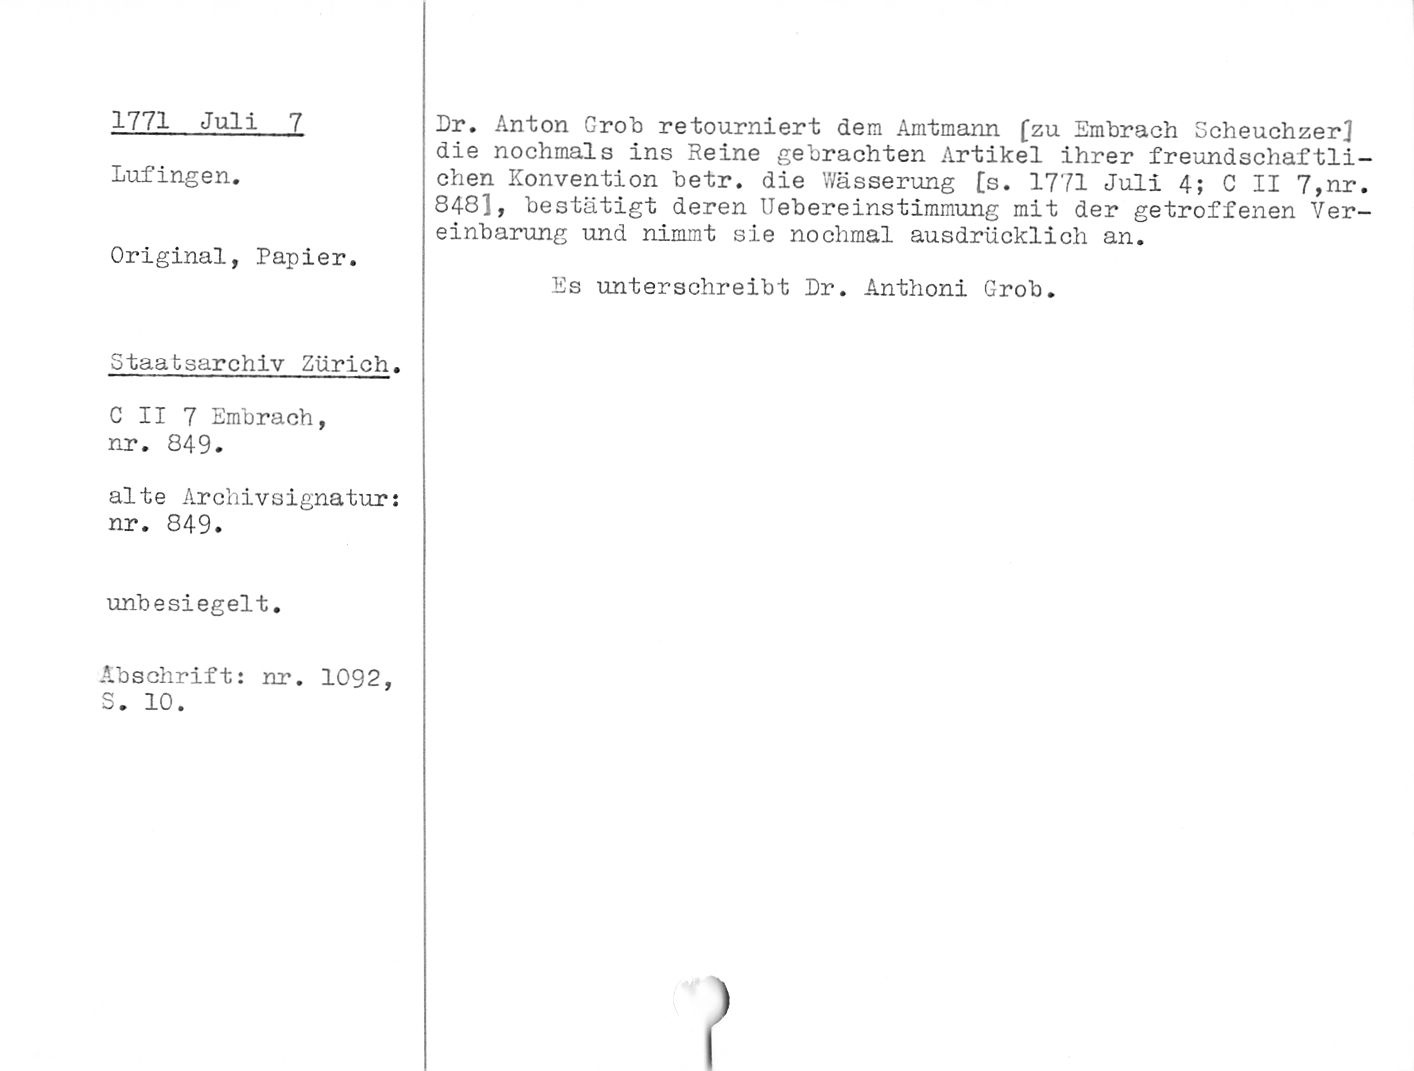
1771 Juli 7

Lufingen.

Original, Papier.

Dr. Anton Grob retourniert dem Amtmann £zu Embrach ScheuchzerJ
die nochmals ins Reine gebrachten Artikel ihrer freundschaftli¬
chen Konvention betr. die Wässerung [s. 1771 Juli 4; C II 7,nr.
848", bestätigt deren Uebereinstimmung mit der getroffenen Ver¬
einbarung und nimmt sie nochmal ausdrücklich an.

Es unterschreibt Er. Anthoni Grob.

Staatsarchiv Zürich.

C II 7 Embrach,
nr. 849.

alte Archivsignatur:
nr. 849.

unbesiegelt.

Abschrift: nr. 1092,
S. 10.